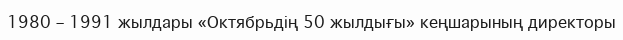
1980 – 1991 жылдары «Октябрьдің 50 жылдығы» кеңшарының директоры